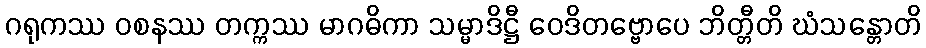
ဂရုကဿ ဝစနဿ တက္ကဿ မာဂဓိကာ သမ္မာဒိဋ္ဌီ ဝေဒိတဗ္ဗောပေ ဘိတ္တီတိ ဃံသန္တောတိ